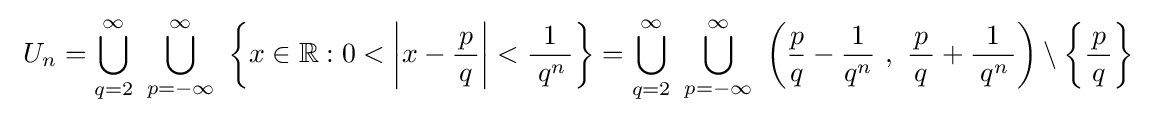
~U_{n}=\bigcup \limits _{q=2}^{\infty }~\bigcup \limits _{p=-\infty }^{\infty }~\left\{x\in \mathbb {R} :0<\left|x-{\frac {p}{\,q\,}}\right|<{\frac {1}{\;q^{n}\,}}\right\}=\bigcup \limits _{q=2}^{\infty }~\bigcup \limits _{p=-\infty }^{\infty }~\left({\frac {p}{q}}-{\frac {1}{q^{n}}}~,~{\frac {p}{\,q\,}}+{\frac {1}{\;q^{n}\,}}\right)\setminus \left\{{\frac {p}{\,q\,}}\right\}~